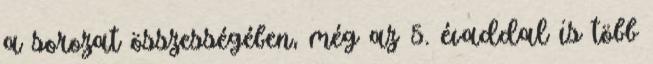
a sorozat összességében, még az 5. évaddal is több